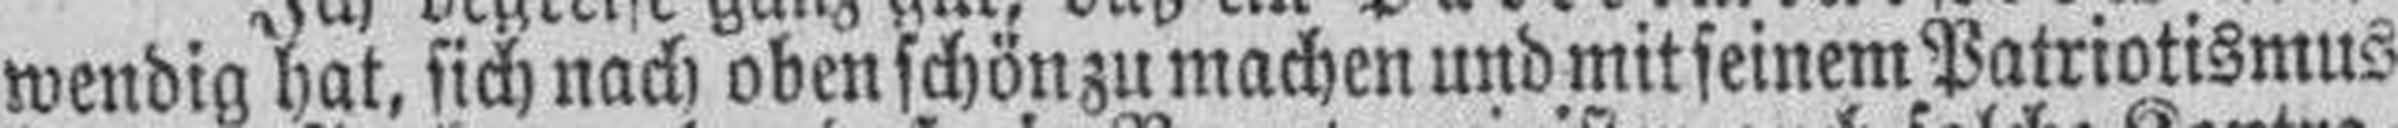
wendig hat, sich nach oben schön zu machen und mit seinem Patriotismus